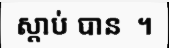
ស្តាប់ បាន  ។